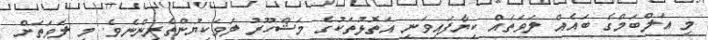
މި އަލްބަމްގެ ބައެއް ލަވަތައް ކިޔާފައިވަނީ އަތޮޅުތަކުގެ މަޝްހޫރު ލަވަކިޔުންތެރިންނެވެ. މި ލަވަތަށް